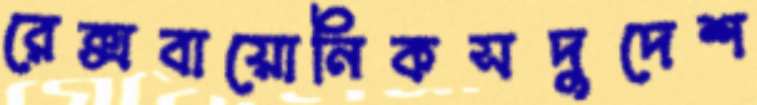
রেক্সবায়োনিকসদুদেশ